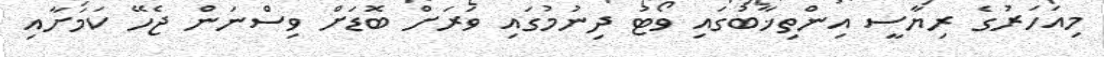
މިއަހަރުގެ ރިޔާސީ އިންތިޚާބުގައި ވޯޓު ދިނުމުގައި ވަރަށް ބޮޑަށް ވިސްނަން ޖެހޭ ކަމަށާއި